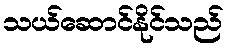
သယ်ဆောင်နိုင်သည်